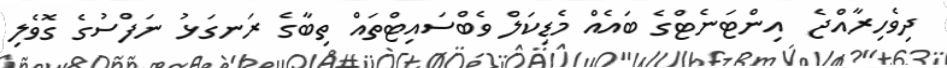
ދިވެހިރާއްޖެ  އިންޓަނެޓްގެ ބައެއް މެޑިކަލް ވެބްސައިޓްތައް ތިބާގެ ރަނގަޅު ނަފްސުގެ ގޮވެލި